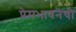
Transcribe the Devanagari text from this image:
प्रेमभावनेची